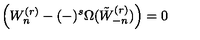
\left( W _ { n } ^ { ( r ) } - ( - ) ^ { s } \Omega ( \tilde { W } _ { - n } ^ { ( r ) } ) \right) = 0